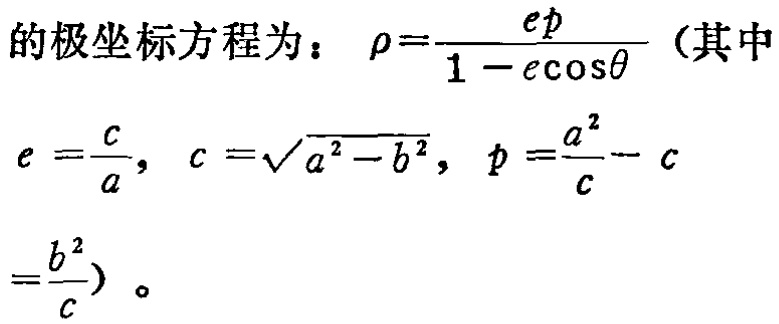
的极坐标方程为：\(\rho=\frac{ep}{1 - e\cos\theta}\)（其中
\(e = \frac{c}{a},\ c = \sqrt{a^{2}-b^{2}},\ p = \frac{a^{2}}{c}-c\)
\(=\frac{b^{2}}{c}\)）。